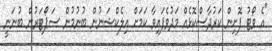
"އެ ވޯޓު ފޮށިން ކަރުދާސްކޮޅެއް މަދުވެފައިވާ ކަމަށް އިލެކްޝަނުން ބުނުމުން ސަޕޯޓަރުން ބުނަނީ